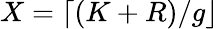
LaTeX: X=\lceil(K+R)/g\rfloor